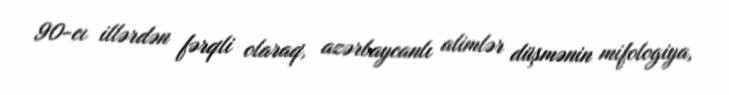
90-cı illərdən fərqli olaraq, azərbaycanlı alimlər düşmənin mifologiya,